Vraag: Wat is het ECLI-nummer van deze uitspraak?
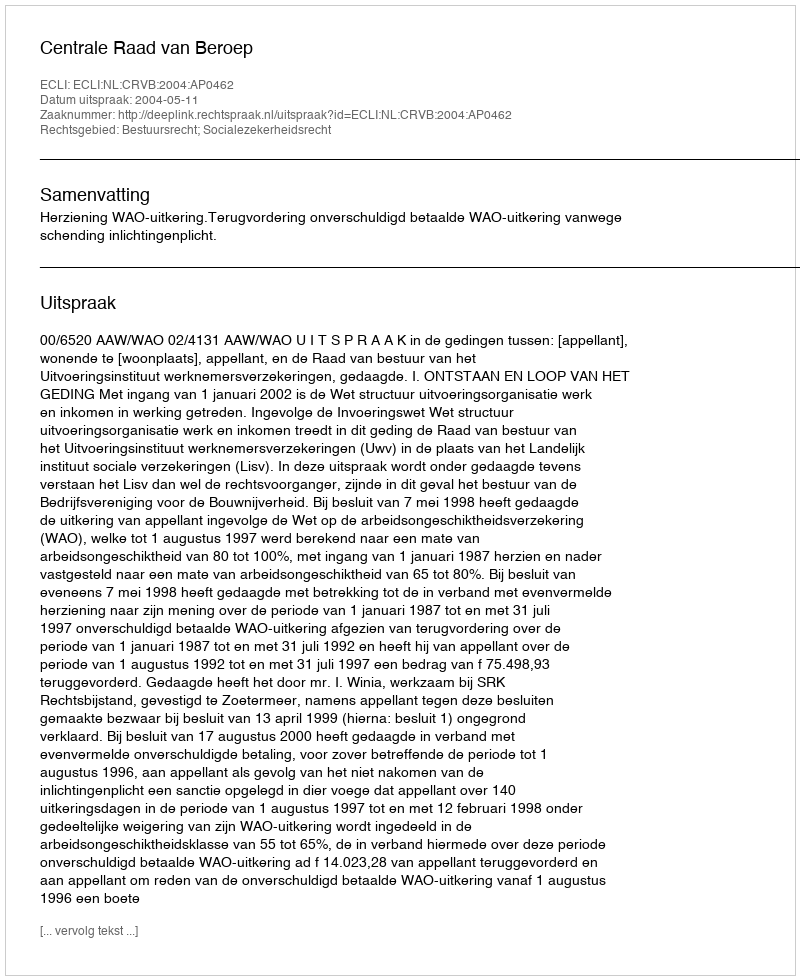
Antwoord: ECLI:NL:CRVB:2004:AP0462